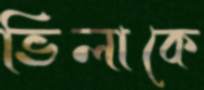
ভিলাকে